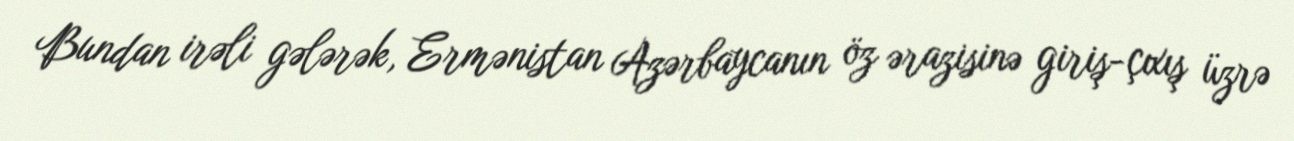
Bundan irəli gələrək, Ermənistan Azərbaycanın öz ərazisinə giriş-çıxış üzrə